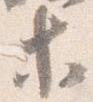
等